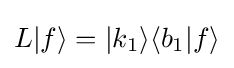
L|f\rangle =|k_{1}\rangle \langle b_{1}|f\rangle